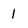
Character: 1